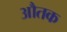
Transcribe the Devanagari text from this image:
औतक